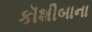
કૉશીબાના